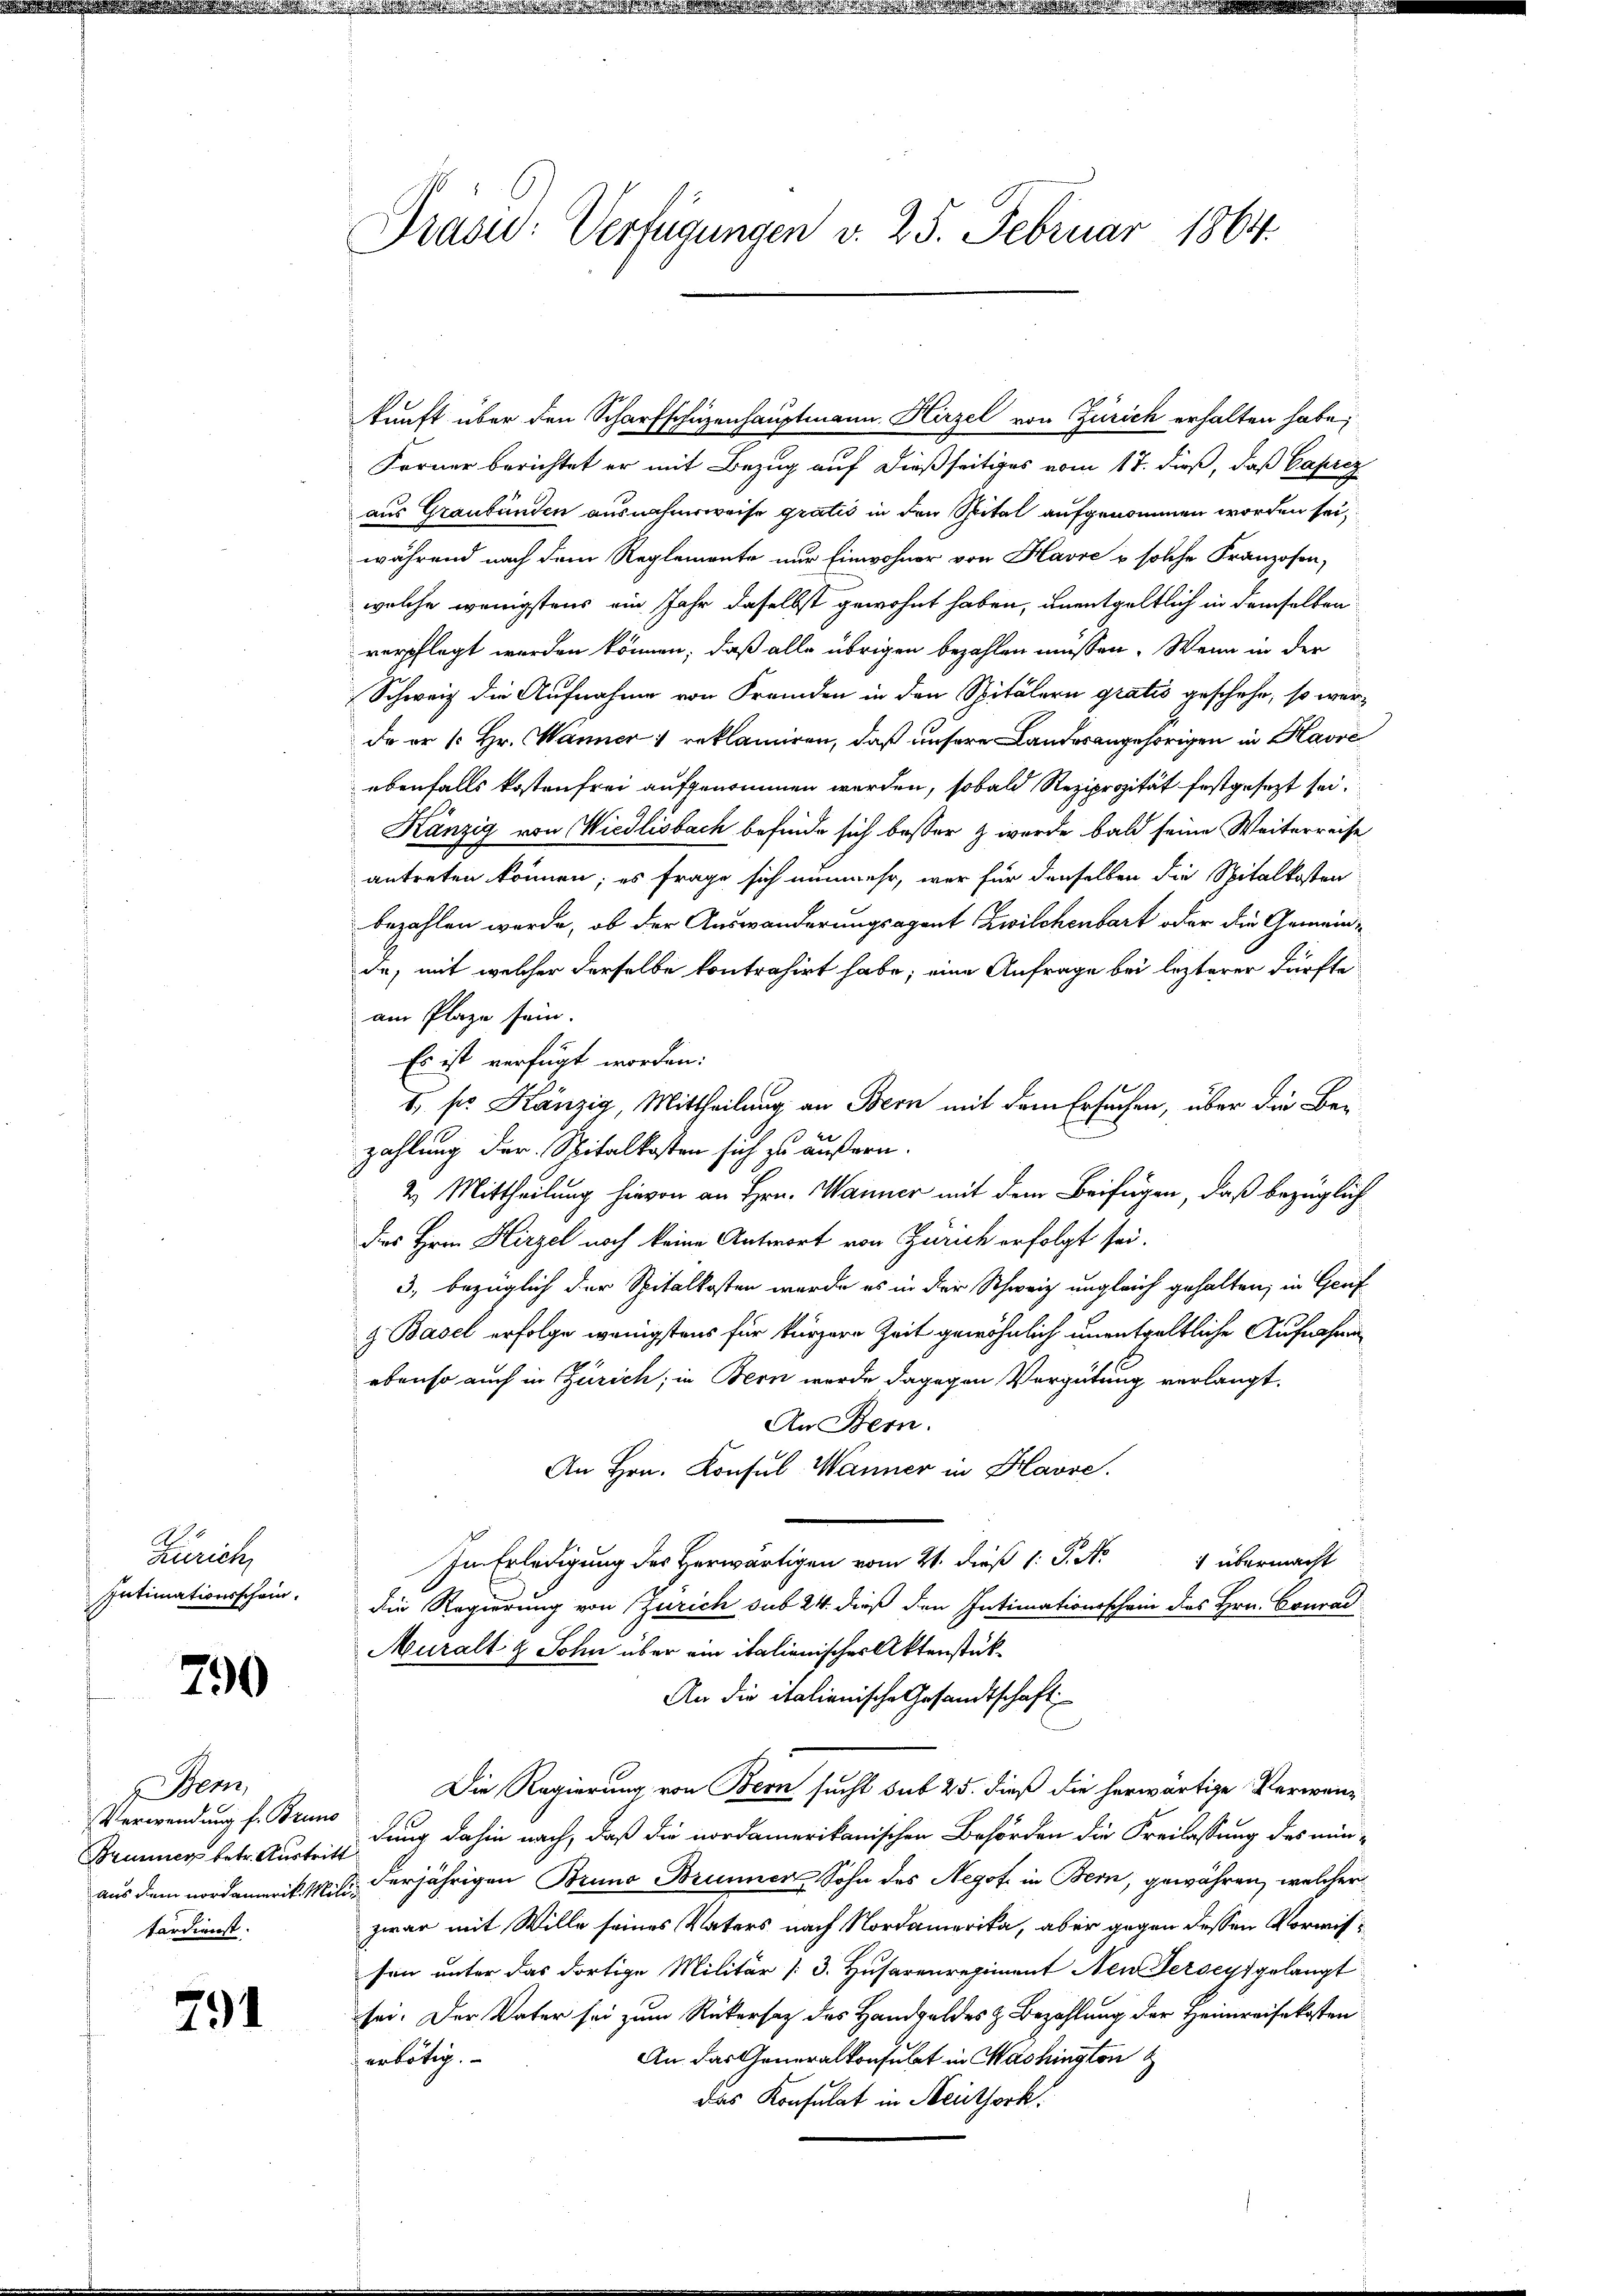
Zürich
Intimationsschein.
h. Bern,
Verwendung f. Bruno
tärdienst.

790

791

Ferner berichtet er mit Bezug auf dießseitiges vom 17. dieß, daß Capriz
aus Graubünden ausnahmsweise gratis in den Spital aufgenommen worden sei,
während nach dem Reglemente nur Einwohner von Havre & solche Franzosen,
welche wenigstens ein Jahr daselbst gewohnt haben, unentgeltlich in demselben
verpflegt worden können, daß alle übrigen bezahlen müssen. Wenn in der
Schweiz die Aufnahme von Fremden in den Spitälern gratis geschehe, so werda er k. Hr. Wanner 1 reklamiren, daß unsere Landesangehörigen in Havre
ebenfalls kostenfrei aufgenommen werden, sobald Reziprozität festgesezt sei.
Känzig von Wiedlisbach befinde sich besser & wurde bald seine Weiterreise
antreten können; es frage sich nunmehr, war für denselben die Spitalkosten
bezahlen werde, ob der Auswanderungsagent Zwilchenbart oder die Gemeinda, mit welcher derselbe kontrahirt habe; eine Anfrage bei lezterer dürfte
am Plaze sein.
Es ist verfügt worden:
1. so Känzig, Mittheilung an Bern mit dem Ersuchen, über die Bezahlung der Spitalkosten sich zu äußern.
2. Mittheilung hievon an Hrn. Wanner mit dem Beifügen, daß bezüglich
des Hrn. Hirzel noch keine Antwort von Zürich erfolgt sei.
3, bezüglich der Spitalkosten wurde es in der Schweiz ungleich gehalten, in Genf
& Basel erfolge wenigstens für kürzere Zeit gewöhnlich unentgeltliche Aufnahmen
ebenso auch in Zürich, in Bern wurde dagegen Vergütung verlangt.
An Bern.
An Hrn. Konsul-Wanner in Havre.
1 übermacht
Im Erledigung des Herwärtigen vom 21. dieß 1: P. N
die Regierung von Zürich sub 24. dieß den Intimationsschein des Hrn. Conrad
Muralt & Sohn über ein italienischer Aktenstük¬
An die italienische Gesandtschaft
Die Regierung von Bern sucht sub 25. dieß die herwärtige Verwan¬
Brunner betr. Austridung dahin nach, daß die nordamerikanischen Behörden die Freilassung des nunaus dem nordamerik. Mit derjährigen Bruno Brunnen Sohn des Negof in Bern, gewähren, welcher
zwar mit Wille seines Vaters nach Nordamerika, aber gegen dessen Vorwissen unter das dortige Militär (3. Husarenrepiment Neu Derseyt gelangt
sei. Der Vater sei zum Rükersatz des Handgeldes & Bezahlung der Heimreisekosten
An das Generalkonsulat in Washington
erbötig.
das Konsulat in Neuthork

Prasid: Verfügungen v. 25. Februar 1864.

kunft über den Scharfschüzenhauptmann. Hirzel von Zürich erhalten habe;